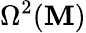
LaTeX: \Omega^{2}(\mathbf{M})